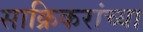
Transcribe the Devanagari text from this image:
साक्रिकरांच्या